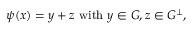
\psi ( x ) = y + z { \mathrm { ~ w i t h ~ } } y \in G , z \in G ^ { \perp } ,